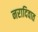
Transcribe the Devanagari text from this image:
नरादिवात